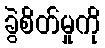
ခွဲစိတ်မှုကို